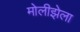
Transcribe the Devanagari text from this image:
मोलीझेला